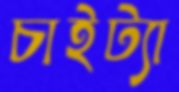
চাইট্যা